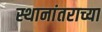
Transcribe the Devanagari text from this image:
स्थानांतराच्या